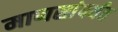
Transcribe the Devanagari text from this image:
माणसांपर्यंत